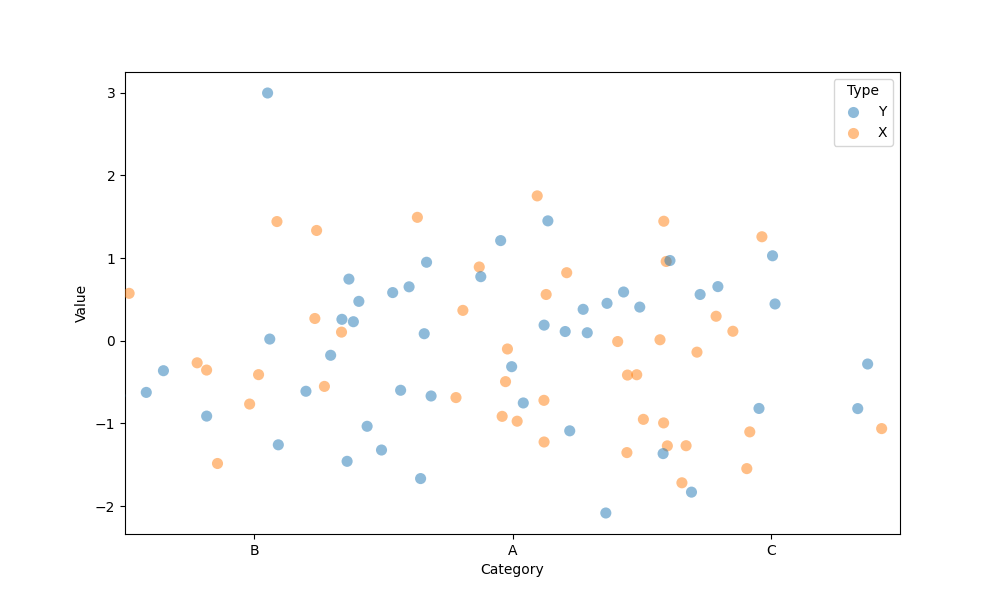
python, seaborn, stripplot, jitter=True, dodge=False, alpha=0.5, size=8